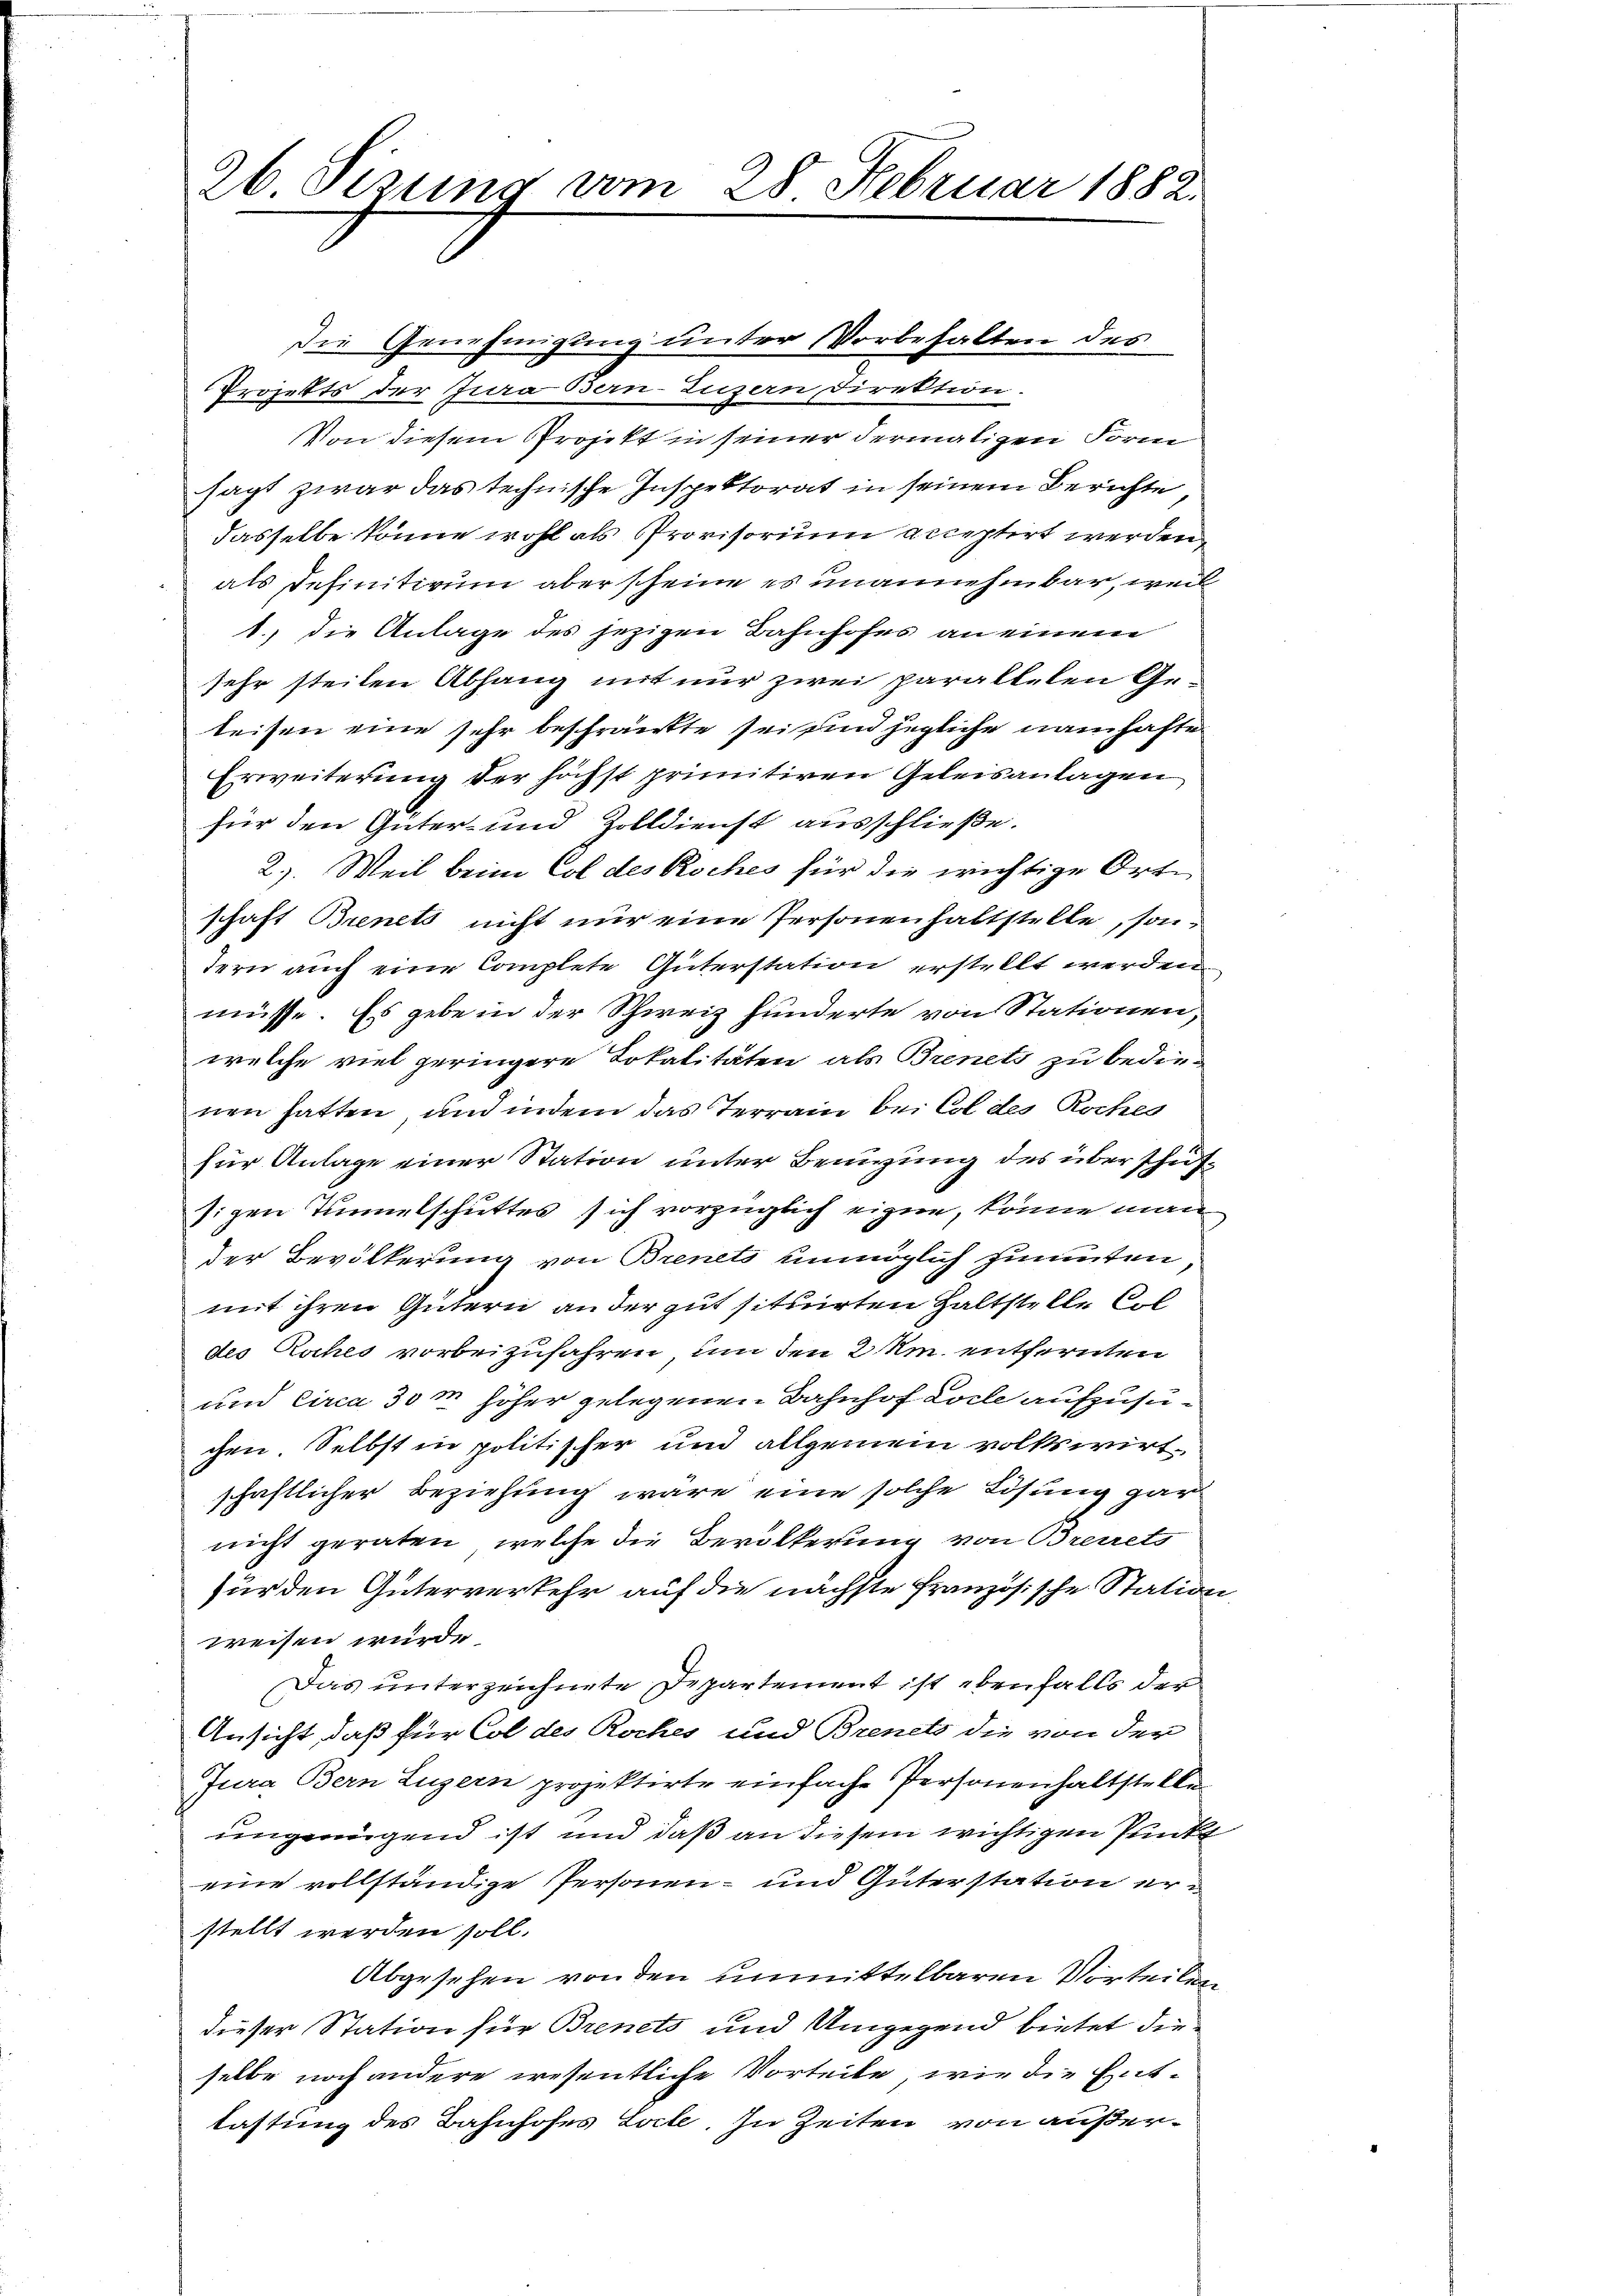
ab Sizung vom 28. Februar 1882.

Die Genehmigung unter Vorbehalten des
Projekts der Jura odern-Luzern Direktion
Von diesem Projekt in seiner dermaligen Form
sagt zwar das technische Inspektorat in seinem Berichte
dasselbe könne wohl als Provisorium acceptirt werden,
als Definitivum aber scheine es unannehmbar, weil
1.) die Anlage des jezigen Bahnhofes an einem
sehr steilen Abhang mit nur zwei paralteten Geteisen eine sehr beschränkte sei den jegliche namhafte
Erweiterung der höchst primitiren Geleisanlagen
für den Güter- und Zolldienst ausschließe.
2.). Weil beim Col des Roches für die wichtige Ortschaft Brents nicht nur eine Personenhaltstelle, sontern auch eine Complete Güterstation erstellt werden,
müsse. Es gebe in der Schweiz hunderte von Stationen,
welche viel geringere Lokalitäten als Brenets zu bedienen hatten, und indem das Terrain bei Col des Roches
für Anlage einer Station unter Benuzung des über schuftigen Tunnelschuttes sich vorzüglich eigen, könne man
der Bevölkerung von Brenets unmöglich zumuten,
mit ihren Gütern an der gut situirten Haltstelle Col
des Roches vorbeizufahren, um den 2 Um. entfernten
und circa 30 m höher gelegenen Bahnhof Loche aufzusuchen Selbst in politischer und allgemein volkswirtschaftlicher Beziehung wäre eine solche Lösung gar
nicht geraten, welche die Bevölkerung von Breiets
für den Güterverkehr auf die nächste französische Station
weisen wurde.
Das unterzeichnete Departement ist ebenfalls der
Ansicht, daß für Col des Roches und Brenets die von der
Jura Bern Luzern projektirte einfache Personenhaltstelle
ungenügend ist und daß an diesem wichtigen Punkt
eine vollständige Personen- und Güterstation erstellt werden soll.
Abgesehen von den unmittelbaren Vorteilen
dieser Station für Brenets und Umgegend bietet dieselbe noch andere wesentliche Vorteile, wie die Ent-
lastung des Bahnhofes Lale. In Zeiten von außer¬